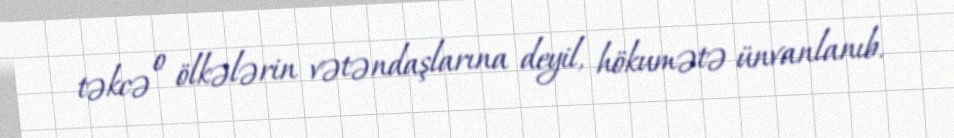
təkcə o ölkələrin vətəndaşlarına deyil, hökumətə ünvanlanıb.